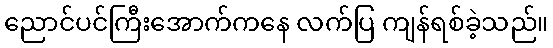
ညောင်ပင်ကြီးအောက်ကနေ လက်ပြ ကျန်ရစ်ခဲ့သည်။